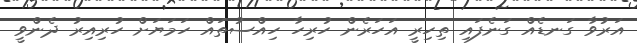
އަރުވާ ގަނޑެއް ގަނެފައި ތިހިރީ އަހަރެން ހުރިހާ ހިއްސުތައް ހަމަޔަށް ހުރިއިރު ދެންވީ